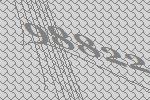
98822